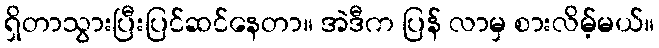
ရှိတာသွားပြီးပြင်ဆင်နေတာ။ အဲဒီက ပြန် လာမှ စားလိမ့်မယ်။